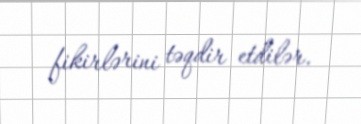
fikirlərini təqdir etdilər.